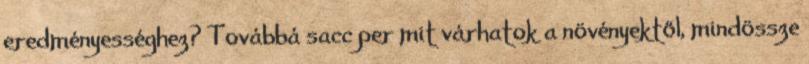
eredményességhez? Továbbá sacc per mit várhatok a növényektől, mindössze